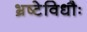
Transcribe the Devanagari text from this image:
भ्रष्टेविधौः